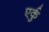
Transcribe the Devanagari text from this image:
एर्कु